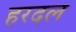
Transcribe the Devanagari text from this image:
हरदल